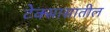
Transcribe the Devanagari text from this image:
टेक्सासातील